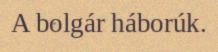
A bolgár háborúk.